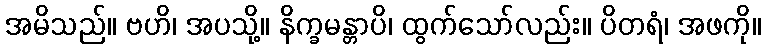
အမိသည်။ ဗဟိ၊ အပသို့။ နိက္ခမန္တာပိ၊ ထွက်သော်လည်း။ ပိတရံ၊ အဖကို။